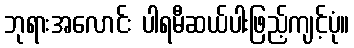
ဘုရားအလောင်း ပါရမီဆယ်ပါးဖြည့်ကျင့်ပုံ။